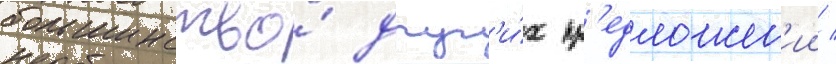
большинство́ друг'и́х пр'едложен'ии /